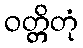
ဝတ္တိတုံ